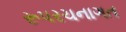
રૂપરચનાગત